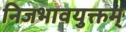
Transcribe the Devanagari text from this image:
निजभावयुक्तम्